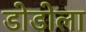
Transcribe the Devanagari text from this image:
डोडोला